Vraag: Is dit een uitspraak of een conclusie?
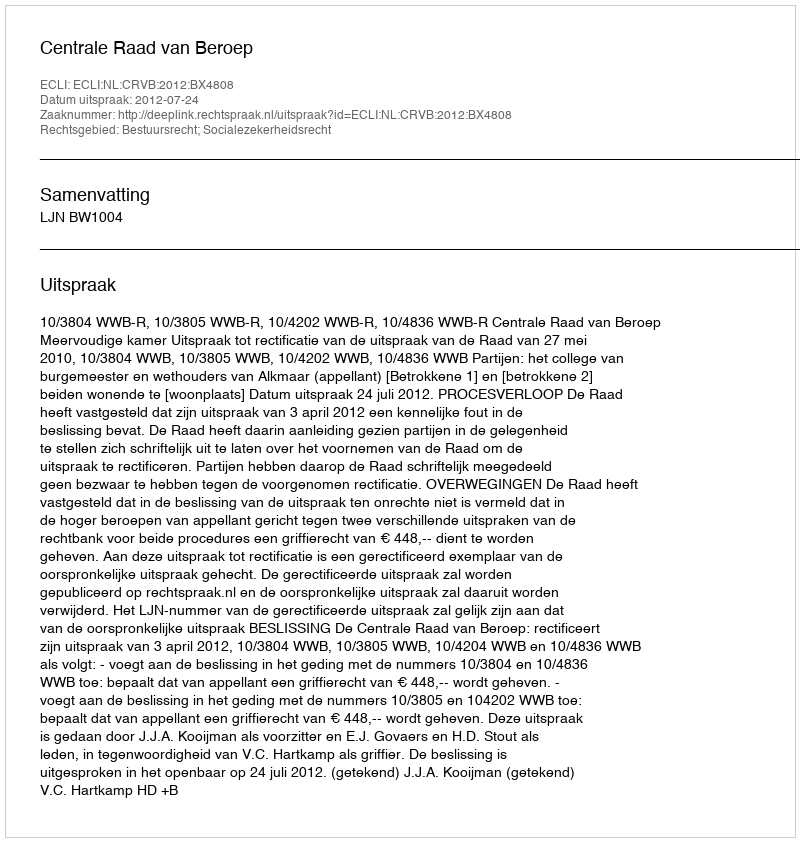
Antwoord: Uitspraak